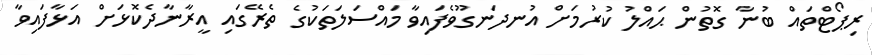
ރިޕޯޓްތައް ބުނާ ގޮތުން ޙައްލު ކުރުމަށް އުނދަނގޫވެފައިވާ މައްސަލަތަކުގެ ތެރޭގައި އީރާނާދެކޮޅަށް އަޅާފައިވާ